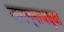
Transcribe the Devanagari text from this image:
जगन्‍नाथबुवा